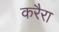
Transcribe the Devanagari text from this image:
करैरा